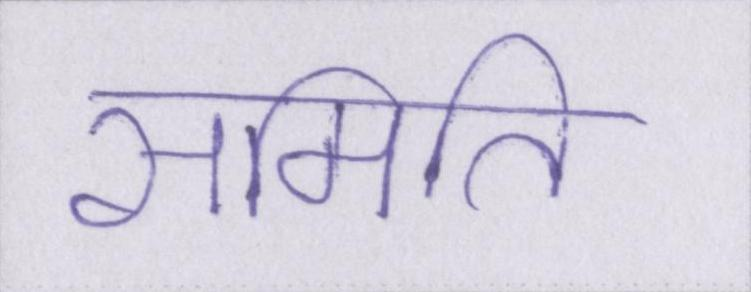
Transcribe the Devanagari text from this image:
समिति